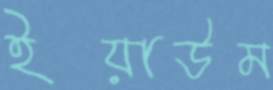
ইয়াউম